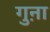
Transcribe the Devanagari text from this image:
गुऩा